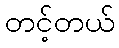
တင့်တယ်